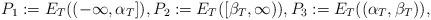
LaTeX: \begin{align*}P_1:=E_T((-\infty,\alpha_T]),P_2:=E_T([\beta_T,\infty)), P_3:=E_T((\alpha_T,\beta_T)),\end{align*}